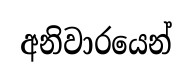
අනිවාරයෙන්